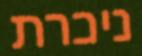
ניכרת